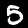
Label: 5